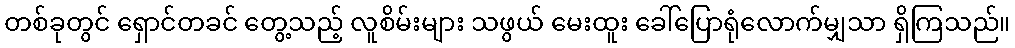
တစ်ခုတွင် ရှောင်တခင် တွေ့သည့် လူစိမ်းများ သဖွယ် မေးထူး ခေါ်ပြောရုံလောက်မျှသာ ရှိကြသည်။